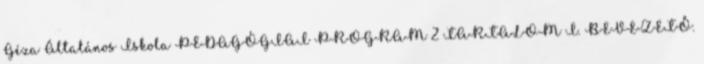
Géza Általános Iskola PEDAGÓGIAI PROGRAM 2 TARTALOM I. BEVEZETŐ.